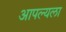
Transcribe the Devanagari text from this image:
आपल्यला